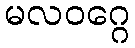
မလဝဂ္ဂေ